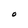
Character: O